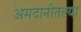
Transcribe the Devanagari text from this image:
अमदानीतल्या